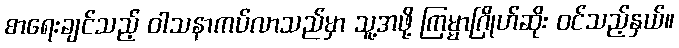
စာရေးချင်သည့် ဝါသနာကပ်လာသည်မှာ သူ့အဖို့ ကြမ္မာဂြိုဟ်ဆိုး ဝင်သည့်နှယ်။